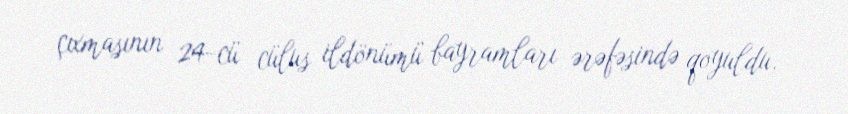
çıxmasının 24-cü cülus ildönümü bayramları ərəfəsində qoyuldu.